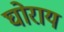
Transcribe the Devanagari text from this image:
घोराय